Annual report of the Punjab Veterinary College and of the Civil Veterinary Department, Punjab - 1926-1932
Year: 1926
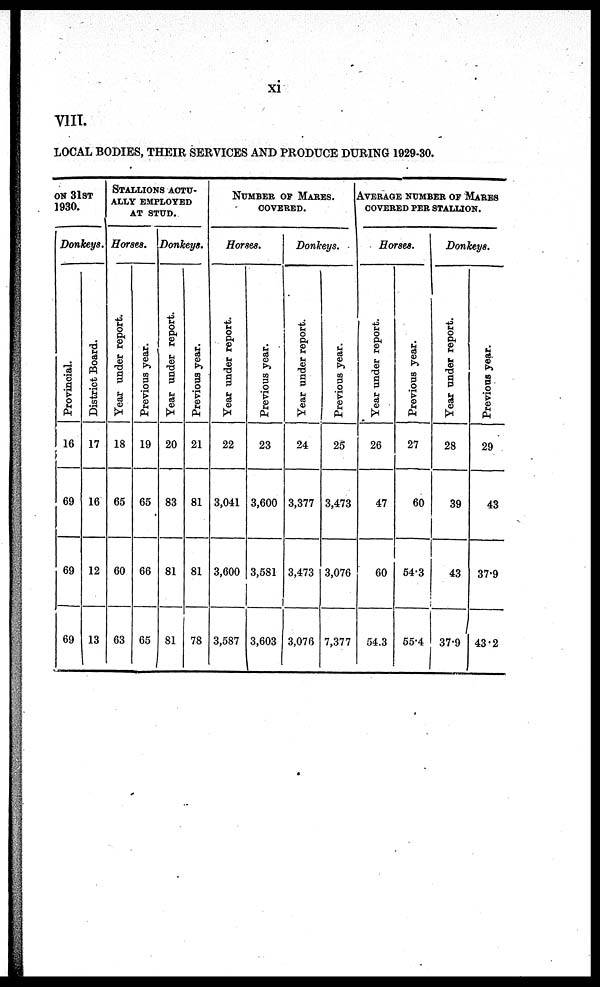
xi
VIII.
LOCAL BODIES, THEIR SERVICES AND PRODUCE DURING 1929-30.
ON 31ST
1930.
Donkeys.
Provincial.
16
69
69
69
District Board.
17
16
12
13
STALLIONS ACTU-
---- EMPLOYED
AT STUD.
Horses.
Year under report.
18
65
60
63
Previous year.
19
65
66
65
Donkeys.
Year under report.
20
83
81
81
Previous year.
21
81
81
78
NUMBER OF MARES.
COVERED.
Horses.
Year under report.
22
3,041
3,600
3,587
Previous year.
23
3,600
3,581
3,603
Donkeys.
Year under report.
24
3,377
3,473
3,076
Previous year.
25
3,473
3,076
7,377
AVERAGE NUMBER OF MARES
COVERED PER STALLION.
Horses.
Year under report.
26
47
60
54.3
Previous year.
27
60
54.3
55.4
Donkeys.
Year under report.
28
39
43
37.9
Previous year.
29
43
37.9
43.2